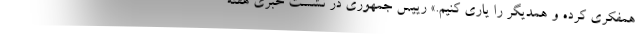
همفکری کرده و همدیگر را یاری کنیم.» رییس جمهوری در نشست خبری هفته